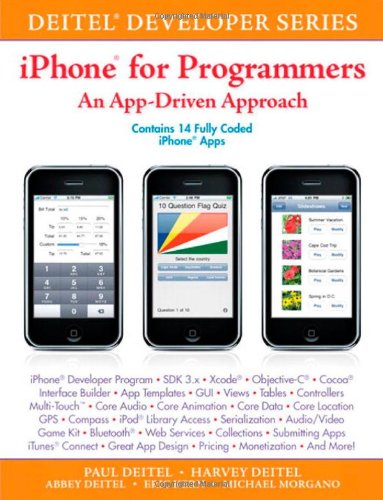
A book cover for iPhone for Programmers: An App-Driven Approach (Deitel Developer Series); Paul Deitel; Computers & Technology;